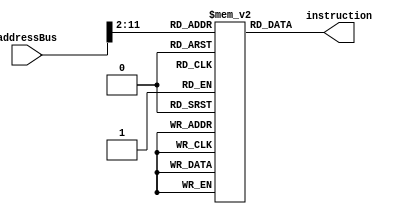
module instructionMemory(
input   [31:0] addressBus,
output  [31:0] instruction
);

reg [31:0] mem [1023:0];

initial
begin
    mem[0] = 32'h20090064;//addi $t1,$zero,100
    mem[1] = 32'h200a00c8;//addi $t2,$zero,200
    mem[2] = 32'h012a5820;//add $t3,$t1,$t2
    mem[3] = 32'hac0b0004;//sw $t3,4
//    mem[4] = 32'h08000009;//j nxt
    mem[4] = 32'h152a0004;//bne $t1,$t2,nxt
    mem[5] = 32'h00000000;//nop
    mem[6] = 32'h00000000;//nop
    mem[7] = 32'h00000000;//nop
    mem[8] = 32'h00000000;//nop
    mem[9] = 32'h8c0c0004;//24 nxt: lw $t4,4
    mem[10] = 32'h218c0064;//addi $t4,$t4,100
end

assign instruction =  mem[addressBus[31:2]];


endmodule